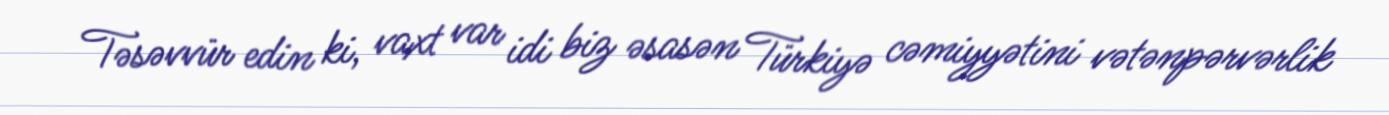
Təsəvvür edin ki, vaxt var idi biz əsasən Türkiyə cəmiyyətini vətənpərvərlik